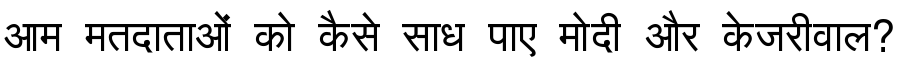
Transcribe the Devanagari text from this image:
आम मतदाताओं को कैसे साध पाए मोदी और केजरीवाल?